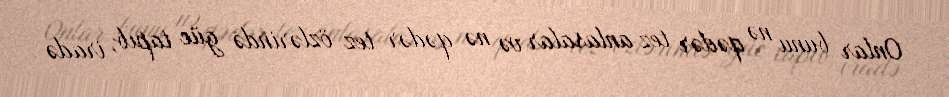
Onlar bunu nə qədər tez anlasalar və nə qədər tez özlərində güc tapıb, iradə